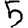
Digit: 5